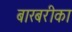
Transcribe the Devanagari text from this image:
बारबरीका